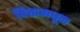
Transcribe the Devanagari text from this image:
पित्तामधून